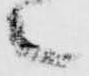
之